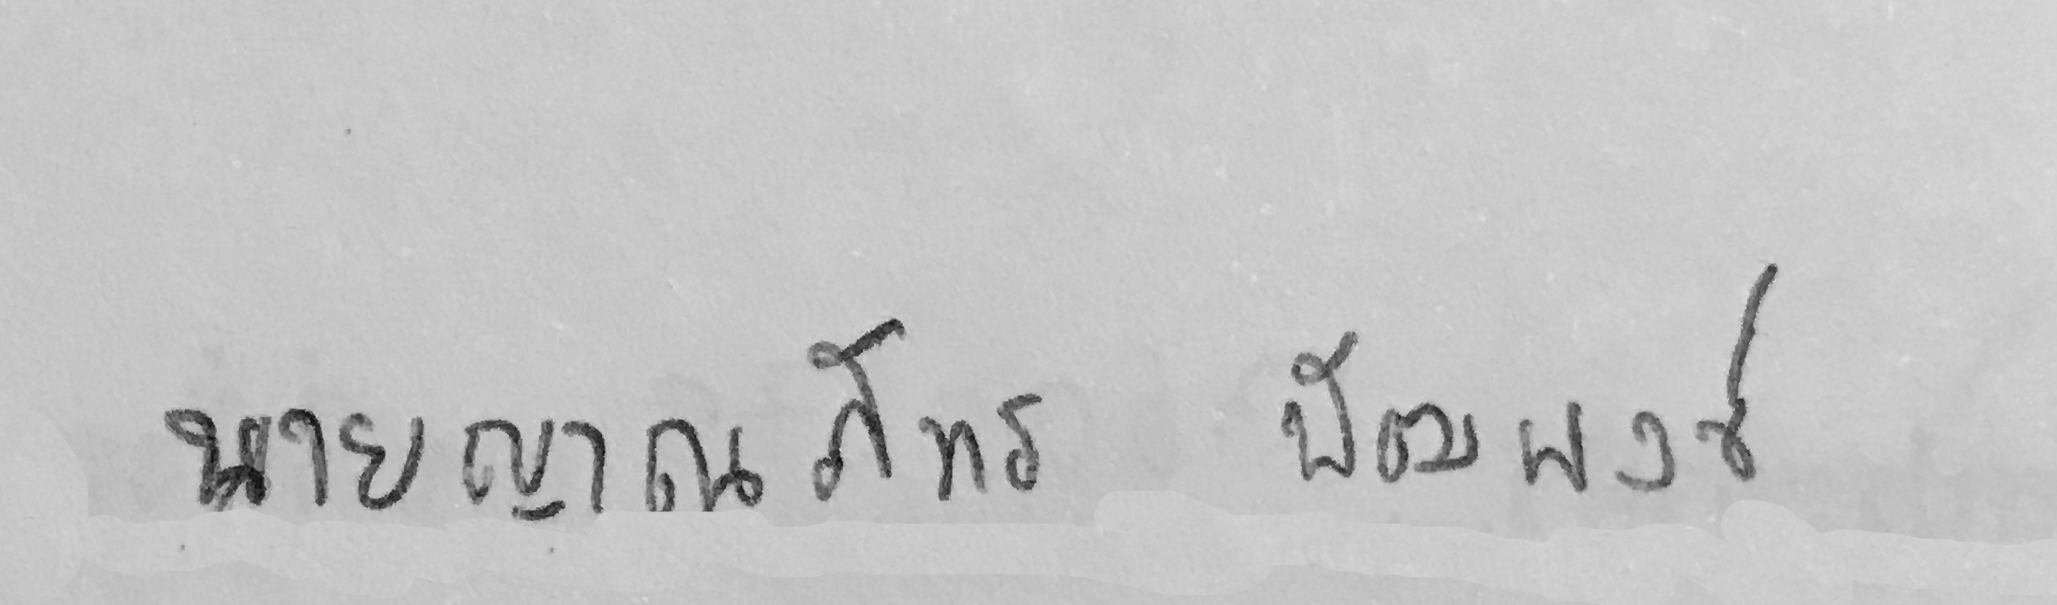
นายญาณภัทร พัฒพงศ์